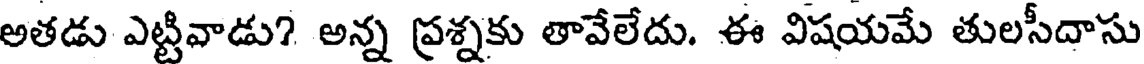
అతడు ఎట్టివాడు? అన్న ప్రశ్నకు తావేలేదు. ఈ విషయమే తులసీదాసు